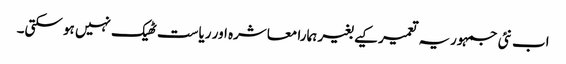
اب نئی جمہوریہ تعمیر کیے بغیر ہمارا معاشرہ اور ریاست ٹھیک نہیں ہو سکتی۔